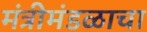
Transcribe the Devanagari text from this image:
मंत्रीमंडळाचा